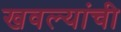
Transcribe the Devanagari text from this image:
खवल्यांची